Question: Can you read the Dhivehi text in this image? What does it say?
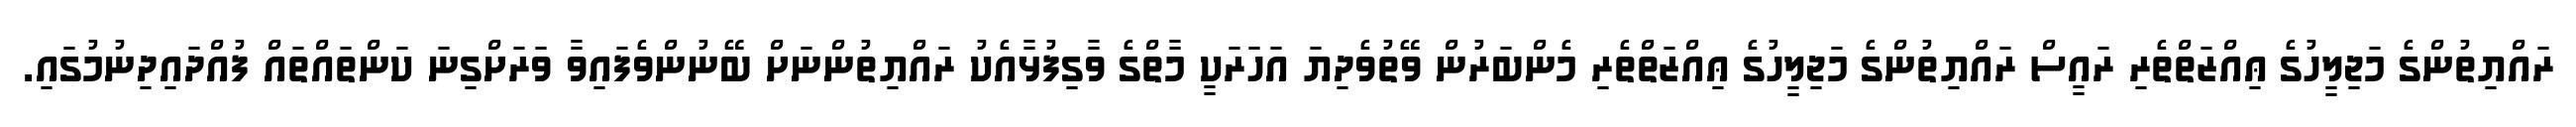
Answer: ރައްޔިތުންގެ މަޖިލީހުގެ ޢިއްޒަތްތެރި ރައީސް ރައްޔިތުންގެ މަޖިލީހުގެ ޢިއްޒަތްތެރި މެންބަރުން ވޭތުވެދިޔަ އަހަރަކީ މާތްގެ ވާގިފުޅާއެކު ރައްޔިތުންނަށް ބޭނުންވެފައިވާ ވަރަށްގިނަ ކަންތައްތައް ފުއްދައިދިނުމުގައި.